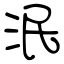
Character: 泯